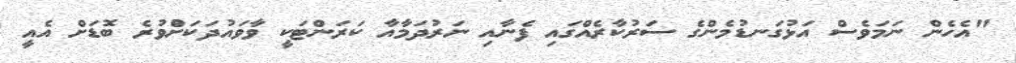
"އެހެން ނަމަވެސް އަޅުގަނޑުމެންގެ ސަރުކާރެއްގައި ފެނާއި ނަރުދަމާއާ ކަރަންޓަކީ ވާވައުދަކަށްުވުރެ ބޮޑަށް އެއީ